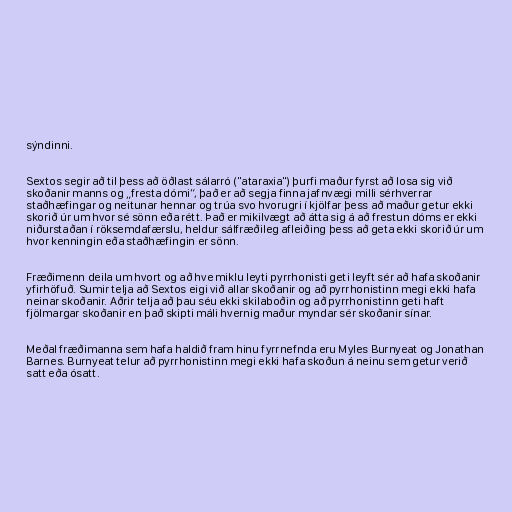
sýndinni.

Sextos segir að til þess að öðlast sálarró ("ataraxia") þurfi maður fyrst að losa sig við
skoðanir manns og „fresta dómi“, það er að segja finna jafnvægi milli sérhverrar
staðhæfingar og neitunar hennar og trúa svo hvorugri í kjölfar þess að maður getur ekki
skorið úr um hvor sé sönn eða rétt. Það er mikilvægt að átta sig á að frestun dóms er ekki
niðurstaðan í röksemdafærslu, heldur sálfræðileg afleiðing þess að geta ekki skorið úr um
hvor kenningin eða staðhæfingin er sönn.

Fræðimenn deila um hvort og að hve miklu leyti pyrrhonisti geti leyft sér að hafa skoðanir
yfirhöfuð. Sumir telja að Sextos eigi við allar skoðanir og að pyrrhonistinn megi ekki hafa
neinar skoðanir. Aðrir telja að þau séu ekki skilaboðin og að pyrrhonistinn geti haft
fjölmargar skoðanir en það skipti máli hvernig maður myndar sér skoðanir sínar.

Meðal fræðimanna sem hafa haldið fram hinu fyrrnefnda eru Myles Burnyeat og Jonathan
Barnes. Burnyeat telur að pyrrhonistinn megi ekki hafa skoðun á neinu sem getur verið
satt eða ósatt.